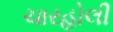
ચારહોલી